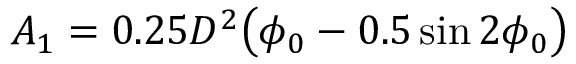
\displaystyle A _ { 1 } = 0 . 2 5 D ^ { 2 } \big ( \phi _ { 0 } - 0 . 5 \sin 2 \phi _ { 0 } \big )